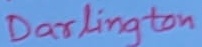
Text: Darlington